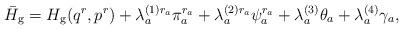
LaTeX: \begin{align*}\bar{H}_{\rm g}=H_{\rm g}(q^r,p^r) + \lambda_a^{(1)r_a}\pi_a^{r_a} +\lambda_a^{(2)r_a}\psi_a^{r_a} + \lambda_a^{(3)}\theta_a +\lambda_a^{(4)}\gamma_a,\end{align*}